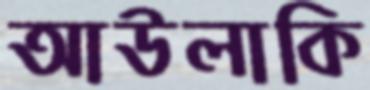
আউলাকি